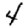
Digit: 4